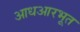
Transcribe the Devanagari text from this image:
आधआरभूत